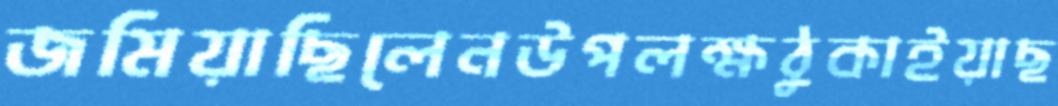
জমিয়াছিলেনউপলক্ষঠুকাইয়াছ